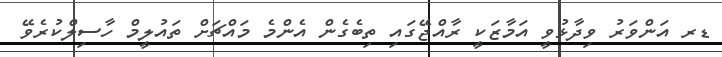
ޑރ އަންވަރު ވިދާޅުވީ އަމާޒަކީ ރާއްޖޭގައި ތިބެގެން އެންމެ މައްޗަށް ތައުލީމް ހާސިލްކުރެވޭ